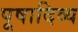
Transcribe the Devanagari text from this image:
पूषादिव्य